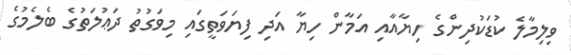
ވިލިމާލެ ކުޑަކުދިންގެ ހިޔާއާއި އަމާން ހިޔާ އަދި ފިޔަވަތީގައި މިވަގުތު ދަޢުލަތުގެ ބެލެމުގެ